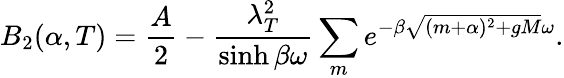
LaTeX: B_{2}(\alpha,T)=\frac{A}{2}-\frac{\lambda_{T}^{2}}{\sinh\beta\omega}\sum_{m}e^{-\beta\sqrt{(m+\alpha)^{2}+gM}\omega}.